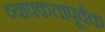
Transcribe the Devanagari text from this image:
व्यापकतापूर्वक